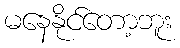
မနေနိုင်တော့ဘူး